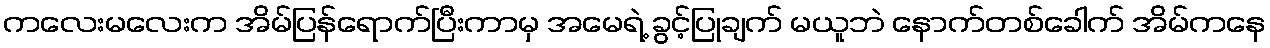
ကလေးမလေးက အိမ်ပြန်ရောက်ပြီးကာမှ အမေရဲ့ ခွင့်ပြုချက် မယူဘဲ နောက်တစ်ခေါက် အိမ်ကနေ